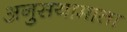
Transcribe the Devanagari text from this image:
अनुसयामाता